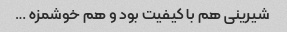
شیرینی هم با کیفیت بود و هم خوشمزه …